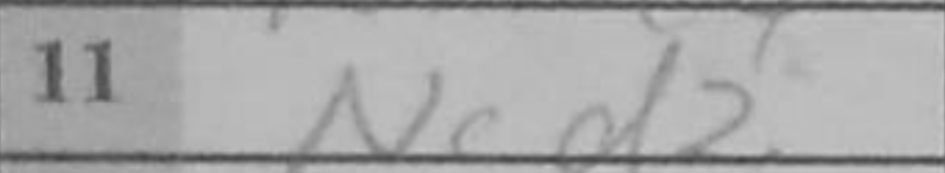
Transcription: Ncd2